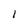
Character: 1